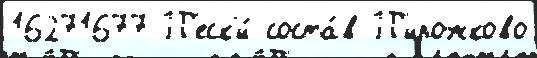
16271677 П'еск'и́ соста́в П'ирожково